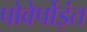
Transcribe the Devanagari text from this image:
पोवेर्पोइंत